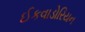
ઈકવાડોરિયન